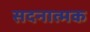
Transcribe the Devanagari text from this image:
सदनात्मक